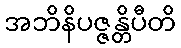
အဘိနိပဇ္ဇန္တိပီတိ